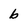
Character: b